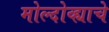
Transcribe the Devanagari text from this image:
मोल्दोव्ह्याचे